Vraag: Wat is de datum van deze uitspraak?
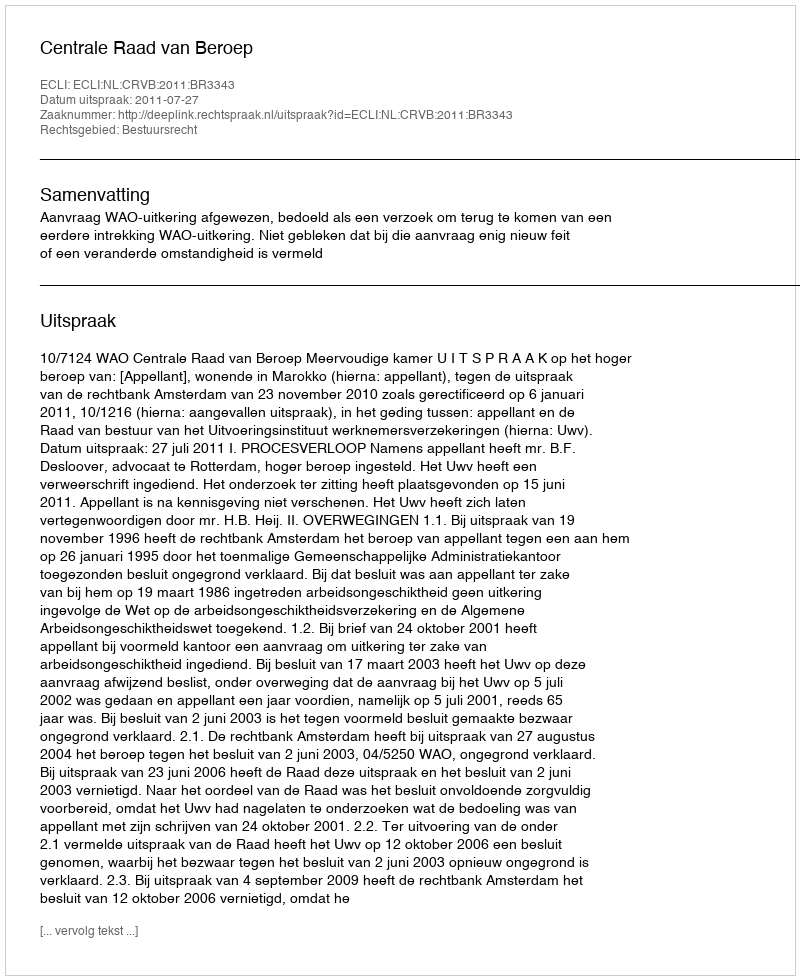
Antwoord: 2011-07-27